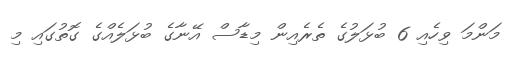
މަންމަ ވިހެއި 6 ބުޅަލުގެ ތެރެއިން މިޑާސް އޭނާގެ ބުޅަލެއްގެ ގޮތުގައި މި